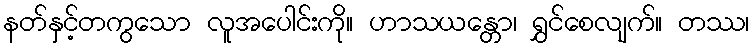
နတ်နှင့်တကွသော လူအပေါင်းကို။ ဟာသယန္တော၊ ရွှင်စေလျက်။ တဿ၊